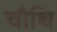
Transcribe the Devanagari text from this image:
चौथि